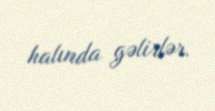
halında gəlirlər.